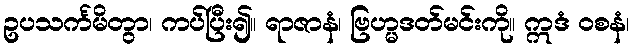
ဥပသင်္ကမိတွာ၊ ကပ်ပြီး၍။ ရာဇာနံ၊ ဗြဟ္မဒတ်မင်းကို။ ဣဒံ ဝစနံ၊